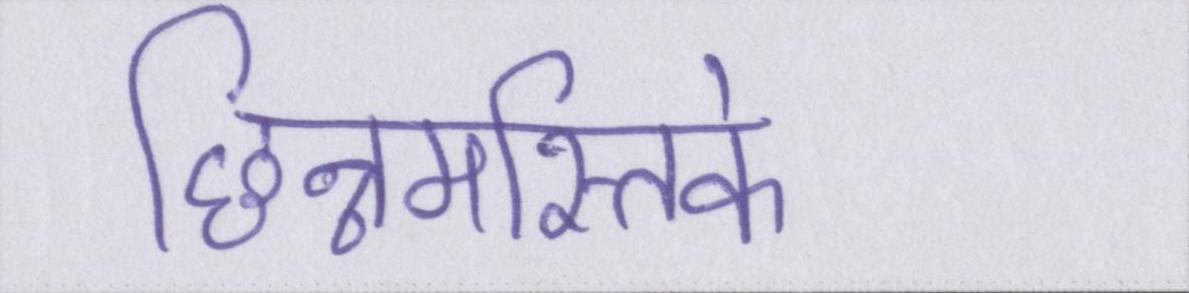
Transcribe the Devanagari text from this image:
छिन्नमस्तिके